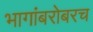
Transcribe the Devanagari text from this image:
भागांबरोबरच